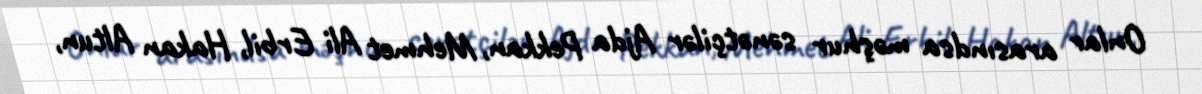
Onlar arasındsa məşhur sənətçilər Ajda Pekkan, Mehmet Ali Erbil, Hakan Altun,